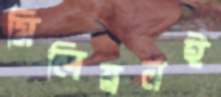
মিলিয়নই